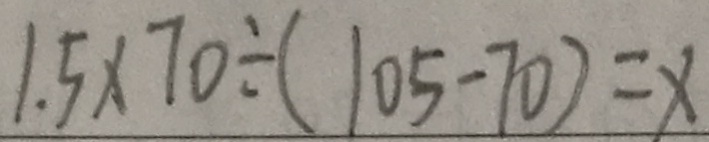
1 . 5 \times 7 0 \div ( 1 0 5 - 7 0 ) = x